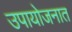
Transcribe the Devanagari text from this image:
उपायोजनात